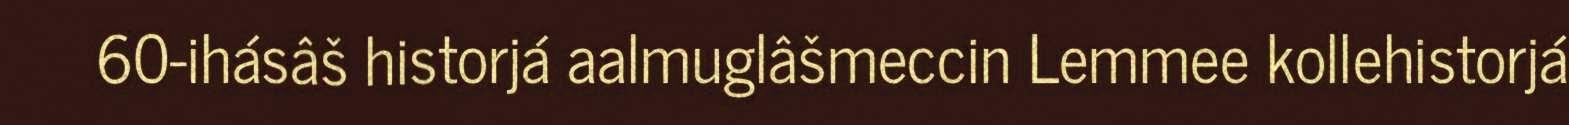
60-ihásâš historjá aalmuglâšmeccin Lemmee kollehistorjá